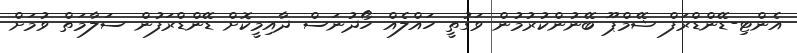
އެންޓި-ޑޭންޑްރަފް ޝޭމްޕޫ ބޭނުންކުރުމުން ވަގުތީ ހައްލެއް ހޯދުނަސް ދާއިމީކޮށް ޑޭންޑްރަފުން ސަލާމަތް ވުމަށް